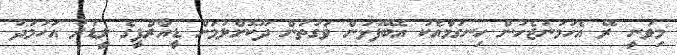
މިވަނީ ރޭ އެހަމަނުޖެހުން ހިނގުމާއެކު އެބޭފުޅުން ވަގުތުން ދޫކޮށްލުމަށް ޑީއާރްޕީގެ ލީޑަރު އަހުމަދު